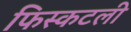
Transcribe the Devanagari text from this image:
फिस्कटली